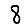
Digit: 8